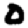
Digit: 0